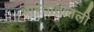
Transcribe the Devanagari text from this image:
भारतातातली